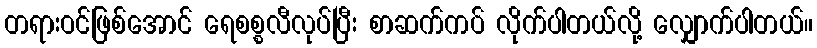
တရားဝင်ဖြစ်အောင် ရေစစ္စလီလုပ်ပြီး စာဆက်ကပ် လိုက်ပါတယ်လို့ လျှောက်ပါတယ်။